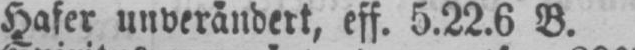
Hafer unverändert, eff. 5.22.6 B.